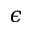
\epsilon